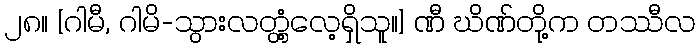
၂၈။ [ဂါမီ, ဂါမိ-သွားလတ္တံ့လေ့ရှိသူ။] ဏီ ဃိဏ်တို့က တဿီလ